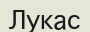
Лукас